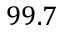
9 9 . 7